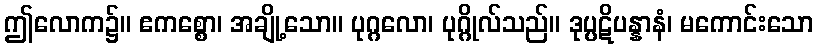
ဤလောက၌။ ဧကစ္စော၊ အချို့သော။ ပုဂ္ဂလော၊ ပုဂ္ဂိုလ်သည်။ ဒုပ္ပဋိပန္နာနံ၊ မကောင်းသော